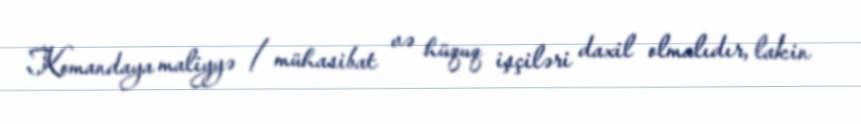
Komandaya maliyyə / mühasibat və hüquq işçiləri daxil olmalıdır, lakin